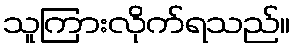
သူကြားလိုက်ရသည်။